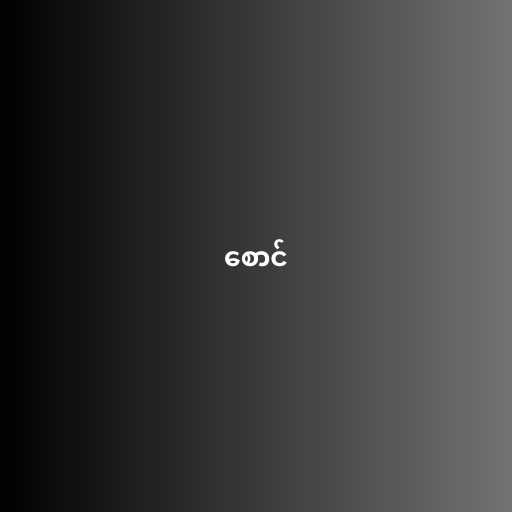
စောင်